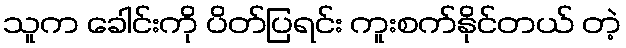
သူက ခေါင်းကို ပိတ်ပြရင်း ကူးစက်နိုင်တယ် တဲ့